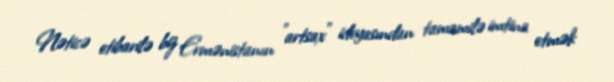
Nəticə etibarilə biz Ermənistanın ”artsax" ideyasından tamamilə imtina etmək